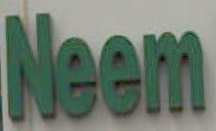
Neem